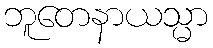
ဘူတေနာယသ္မာ